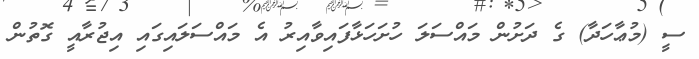
ސީ (މުޢާހަދާ) ގެ ދަށުން މައްސަލަ ހުށަހަޅާފައިވާއިރު އެ މައްސަލައިގައި އިޖުރާއީ ގޮތުން